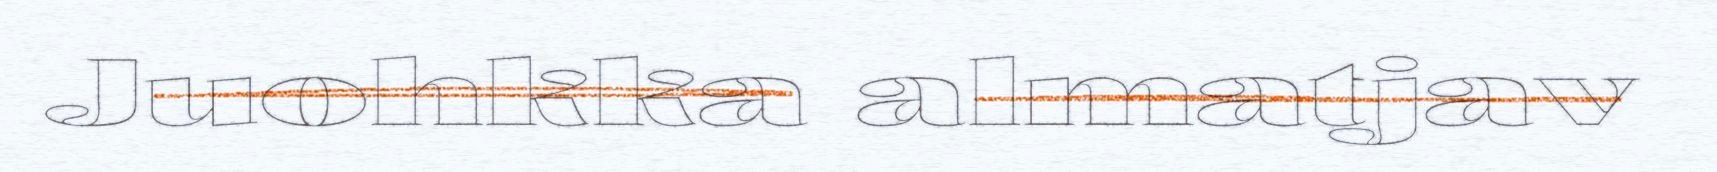
Juohkka almatjav